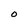
Character: O